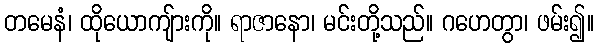
တမေနံ၊ ထိုယောကျ်ားကို။ ရာဇာနော၊ မင်းတို့သည်။ ဂဟေတွာ၊ ဖမ်း၍။